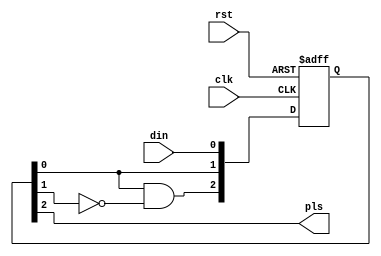
module redet(rst, clk, din, pls);

///////////////////////////////////////////////////////////////////////////////
//
//  Module Port Declarations
//
    
    input   rst;
    input   clk;
    input   din;
    output  pls;

///////////////////////////////////////////////////////////////////////////////
//
//  Module Level Declarations
//

    reg [2:0] QSync;
    
///////////////////////////////////////////////////////////////////////////////
//
//  Implementation
//

always @(posedge clk or posedge rst) begin
    if(rst)
        QSync <= 3'b0;
    else 
        QSync <= #1 {QSync[0] & ~QSync[1], QSync[0], din};
end
assign pls = QSync[2];

endmodule